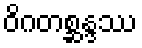
ဝိဂတစ္ဆန္ဒဿ